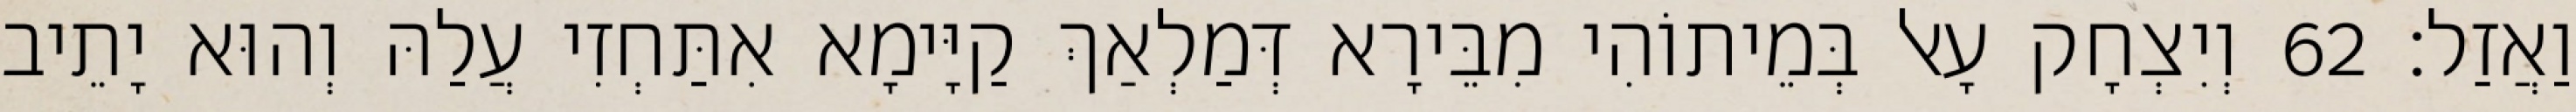
וַאֲזַל׃ 62 וְיִצְחָק עָאל בְּמֵיתוֹהִי מִבֵּירָא דְּמַלְאַךְ קַיָּימָא אִתַּחְזִי עֲלַהּ וְהוּא יָתֵיב